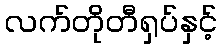
လက်တိုတီရှပ်နှင့်